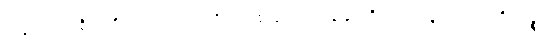
သဒ္ဒါသည်။ ဝိဘတ္တိပိပလ္လာ သော၊ ဝိဘတ်၏ဖောက်ပြန်ခြင်းရှိသောသဒ္ဒါတည်း။ တိဏ္ဏဉ္စ၊